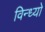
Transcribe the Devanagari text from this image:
विन्ध्यो